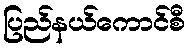
ပြည်နယ်ကောင်စီ